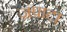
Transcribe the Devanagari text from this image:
ज़पाटा